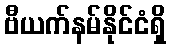
ဗီယက်နမ်နိုင်ငံရှိ